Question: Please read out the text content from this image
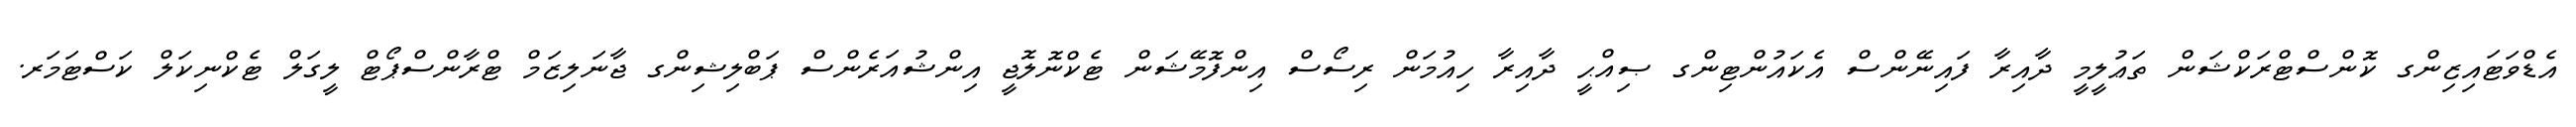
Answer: އެޑްވަޓައިޒިންގ ކޮންސްޓްރަކްޝަން ތަޢުލީމީ ދާއިރާ ފައިނޭންސް އެކައުންޓިންގ ޞިއްޙީ ދާއިރާ ހިއުމަން ރިސޯސް އިންފޮމޭޝަން ޓެކްނޮލޮޖީ އިންޝުއަރެންސް ޕަބްލިޝިންގ ޖާނަލިޒަމް ޓްރާންސްޕޯޓް ލީގަލް ޓެކްނިކަލް ކަސްޓަމަރ.